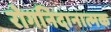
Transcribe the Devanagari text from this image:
रोगनिदानात्मक